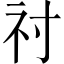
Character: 𥘑